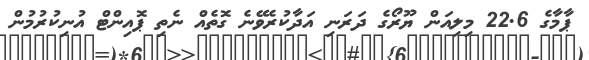
ޕާމާގެ 22.6 މިލިއަން ޔޫރޯގެ ދަރަނި އަދާކުރެވޭނެ ގޮތެއް ނެތި ޕޮއިންޓް އުނިކުރުމުން